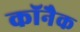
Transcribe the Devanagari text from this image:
कॉनैक